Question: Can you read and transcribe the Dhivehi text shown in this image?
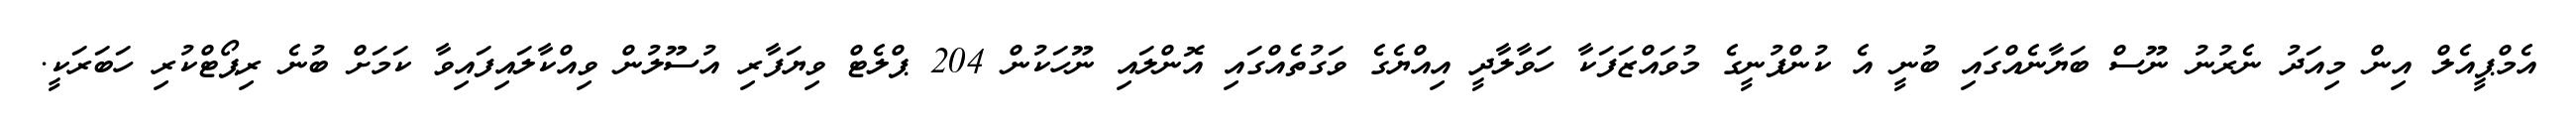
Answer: އެމްޕީއެލް އިން މިއަދު ނެރުނު ނޫސް ބަޔާނެއްގައި ބުނީ އެ ކުންފުނީގެ މުވައްޒަފަކާ ހަވާލާދީ އިއްޔެގެ ވަގުތެއްގައި އޮންލައި ނޫހަކުން 204 ޕްލެޓް ވިޔަފާރި އުސޫލުން ވިއްކާލައިފައިވާ ކަމަށް ބުނެ ރިޕޯޓްކުރި ހަބަރަކީ.